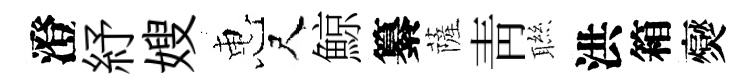
澄紓嫂惠尺鯨纂薩青聮洪箱爕